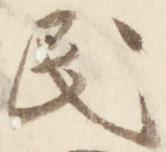
民